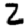
Digit: 2